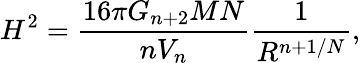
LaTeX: H^{2}=\frac{16\pi G_{n+2}MN}{nV_{n}}\frac{1}{R^{n+1/N}},